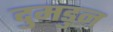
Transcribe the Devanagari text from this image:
दुमडुन